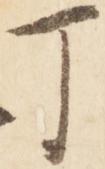
丁